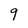
Character: 9